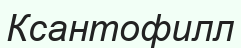
Ксантофилл